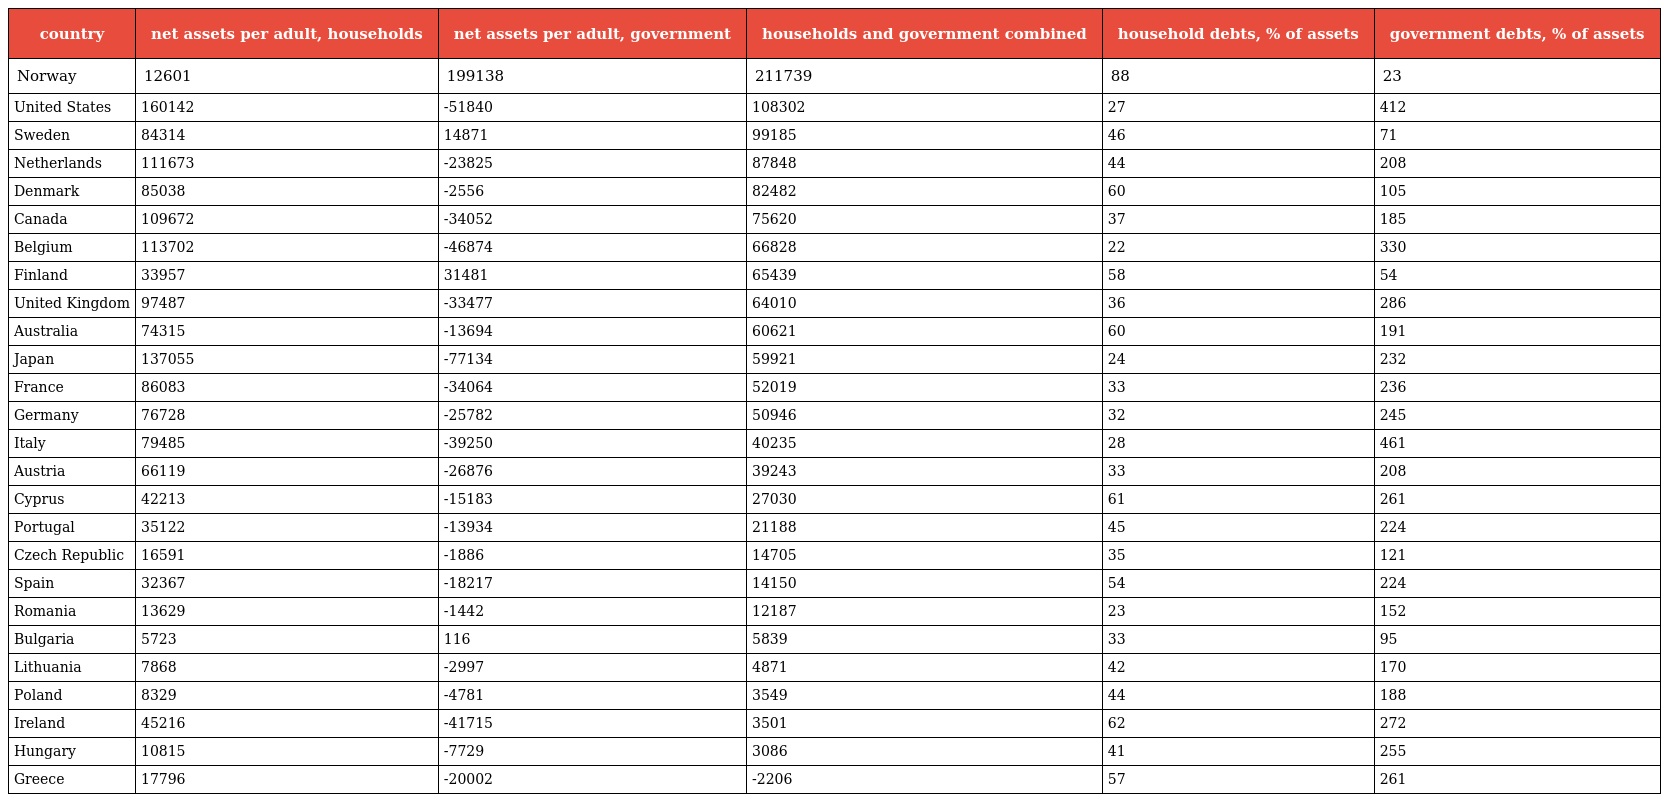
| country | net assets per adult, households | net assets per adult, government | households and government combined | household debts, % of assets | government debts, % of assets |
 | --- | --- | --- | --- | --- | --- |
 | Norway | 12601 | 199138 | 211739 | 88 | 23 |
 | United States | 160142 | -51840 | 108302 | 27 | 412 |
 | Sweden | 84314 | 14871 | 99185 | 46 | 71 |
 | Netherlands | 111673 | -23825 | 87848 | 44 | 208 |
 | Denmark | 85038 | -2556 | 82482 | 60 | 105 |
 | Canada | 109672 | -34052 | 75620 | 37 | 185 |
 | Belgium | 113702 | -46874 | 66828 | 22 | 330 |
 | Finland | 33957 | 31481 | 65439 | 58 | 54 |
 | United Kingdom | 97487 | -33477 | 64010 | 36 | 286 |
 | Australia | 74315 | -13694 | 60621 | 60 | 191 |
 | Japan | 137055 | -77134 | 59921 | 24 | 232 |
 | France | 86083 | -34064 | 52019 | 33 | 236 |
 | Germany | 76728 | -25782 | 50946 | 32 | 245 |
 | Italy | 79485 | -39250 | 40235 | 28 | 461 |
 | Austria | 66119 | -26876 | 39243 | 33 | 208 |
 | Cyprus | 42213 | -15183 | 27030 | 61 | 261 |
 | Portugal | 35122 | -13934 | 21188 | 45 | 224 |
 | Czech Republic | 16591 | -1886 | 14705 | 35 | 121 |
 | Spain | 32367 | -18217 | 14150 | 54 | 224 |
 | Romania | 13629 | -1442 | 12187 | 23 | 152 |
 | Bulgaria | 5723 | 116 | 5839 | 33 | 95 |
 | Lithuania | 7868 | -2997 | 4871 | 42 | 170 |
 | Poland | 8329 | -4781 | 3549 | 44 | 188 |
 | Ireland | 45216 | -41715 | 3501 | 62 | 272 |
 | Hungary | 10815 | -7729 | 3086 | 41 | 255 |
 | Greece | 17796 | -20002 | -2206 | 57 | 261 |